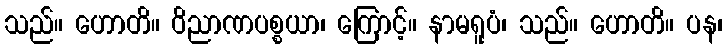
သည်။ ဟောတိ။ ဝိညာဏပစ္စယာ၊ ကြောင့်။ နာမရူပံ၊ သည်။ ဟောတိ။ ပန၊